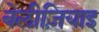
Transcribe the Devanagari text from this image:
बेलीज़ियाइ